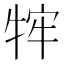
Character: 𭷡